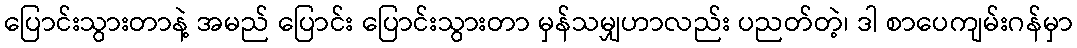
ပြောင်းသွားတာနဲ့ အမည် ပြောင်း ပြောင်းသွားတာ မှန်သမျှဟာလည်း ပညတ်တဲ့၊ ဒါ စာပေကျမ်းဂန်မှာ